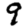
Digit: 9